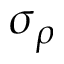
\sigma _ { \rho }